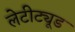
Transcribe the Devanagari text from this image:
लेटीट्यूड